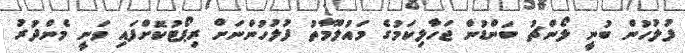
ފުލުހުން ބުނީ ލޯންޗު ބަންޑުން ޖަހާލިކަމުގެ މައުލޫމާތު ފުލުހުންނަށް ރިޕޯޓުކޮށްފައި ވަނީ މެންދުރު